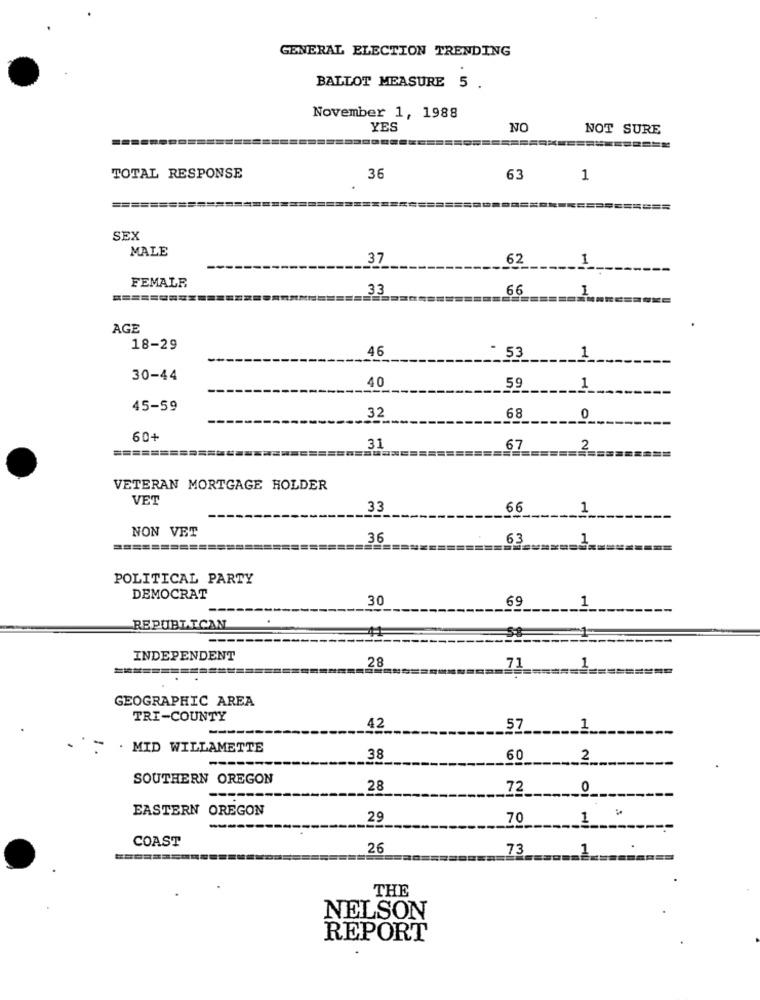
GENERAL ELECTION TRENDING
BALLOT MEASURE 5 .
November 1, 1988
YES
NO
NOT SURE
TOTAL RESPONSE
36
63
1
=====
SEX
MALE
37
62
1
FEMALE
33
66
1
AGE
18-29
46
53
1
30-44
40
59
1
45-59
32
68
0
60+
31
67
VETERAN MORTGAGE HOLDER
VET
33
66
1
NON VET
36
63
=========
POLITICAL PARTY
DEMOCRAT
30
69
1
REPUBLICAN
INDEPENDENT
28
71
1
GEOGRAPHIC AREA
TRI-COUNTY
42
57
1
. MID WILLAMETTE
38
60
2
SOUTHERN OREGON
28
72
0
EASTERN OREGON
29
70
1
COAST
26
73
1
THE
NELSON
REPORT